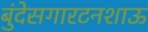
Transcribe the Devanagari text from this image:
बुंदेसगारटनशाऊ